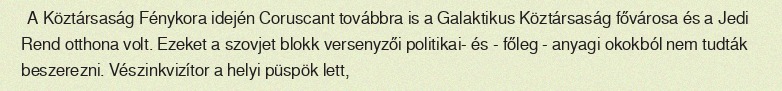
A Köztársaság Fénykora idején Coruscant továbbra is a Galaktikus Köztársaság fővárosa és a Jedi Rend otthona volt. Ezeket a szovjet blokk versenyzői politikai- és - főleg - anyagi okokból nem tudták beszerezni. Vészinkvizítor a helyi püspök lett,